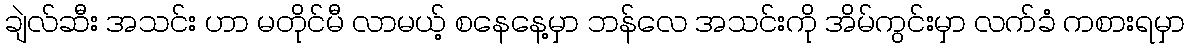
ချဲလ်ဆီး အသင်း ဟာ မတိုင်မီ လာမယ့် စနေနေ့မှာ ဘန်လေ အသင်းကို အိမ်ကွင်းမှာ လက်ခံ ကစားရမှာ